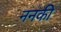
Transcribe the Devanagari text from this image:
ननकी